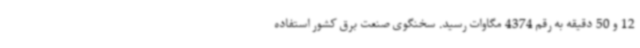
12 و 50 دقیقه به رقم 4374 مگاوات رسید. سخنگوی صنعت برق کشور استفاده